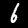
Label: 6